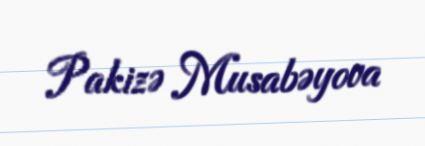
Pakizə Musabəyova